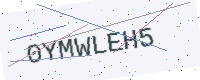
Text: 0YMWLEH5